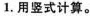
1.用竖式计算。